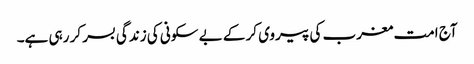
آج امت مغرب کی پیروی کر کے بے سکونی کی زندگی بسر کر رہی ہے۔